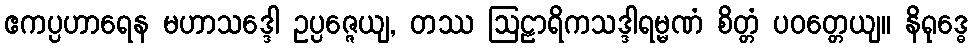
ဧကပ္ပဟာရေန မဟာသဒ္ဒေါ ဥပ္ပဇ္ဇေယျ, တဿ ဩဠာရိကသဒ္ဒါရမ္မဏံ စိတ္တံ ပဝတ္တေယျ။ နိရုဒ္ဓေ